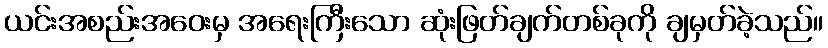
ယင်းအစည်းအဝေးမှ အရေးကြီးသော ဆုံးဖြတ်ချက်တစ်ခုကို ချမှတ်ခဲ့သည်။